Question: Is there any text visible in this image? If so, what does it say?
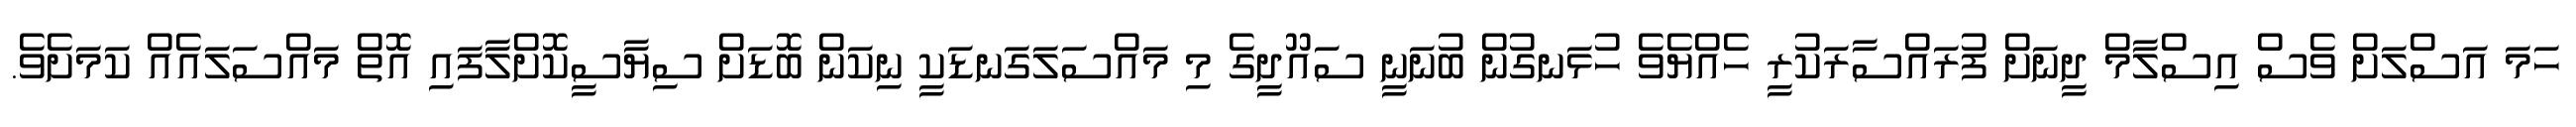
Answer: ހަމަ އަސްލަށް ވެސް އިސްލާމް ދީނަށް ފުރައްސާރަކުރީ ހެއްޔެވެ ހުޅަނގުން ބުނަނީ ސައޫދީގެ މި މައްސަލަގަނޑަކީ ނިކަން ބޮޑަށް ސިޔާސީކޮށްލާފައި އޮތް މައްސަލައެއް ކަމަށެވެ.